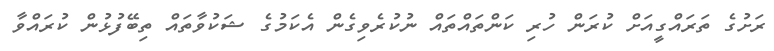
ރަށުގެ ތަރައްގީއަށް ކުރަން ހުރި ކަންތައްތައް ނުކުރެވިގެން އެކަމުގެ ޝަކުވާތައް ތިބޭފުޅުން ކުރައްވާ